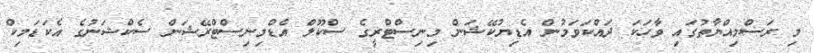
މި ރަސްމިއްޔާތުގައި ވާހަކަ ދައްކަވަމުން އެޑިޔުކޭޝަން މިނިސްޓްރީގެ ސްކޫލް އެޑްމިނިސްޓްރޭޝަން ސެކްޝަނުގެ އެކަޑަމިކް